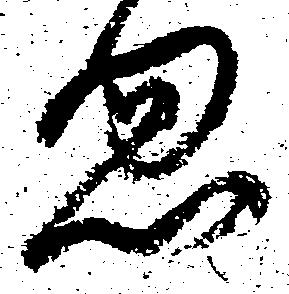
忽